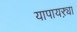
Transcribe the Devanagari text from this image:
यापायऱ्या